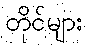
တိုင်များ